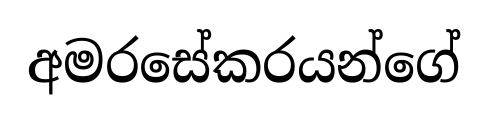
අමරසේකරයන්ගේ